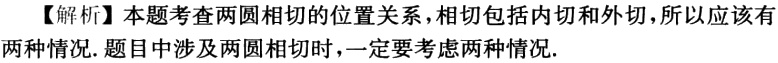
【解析】本题考查两圆相切的位置关系，相切包括内切和外切，所以应该有两种情况. 题目中涉及两圆相切时，一定要考虑两种情况.